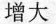
增大